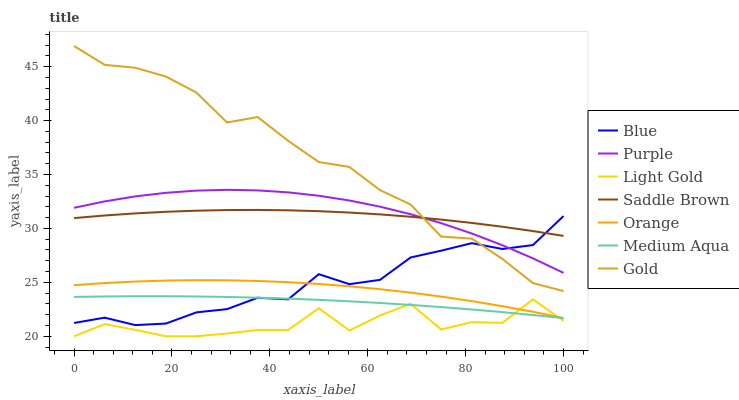
| xaxis_label | Blue | Purple | Light Gold | Saddle Brown | Orange | Medium Aqua | Gold |
 | --- | --- | --- | --- | --- | --- | --- | --- |
 | 0 | 21.2 | 31.9 | 20 | 31 | 24.7 | 23.6 | 46.9 |
 | 6.25 | 21.7 | 32.5 | 21.1 | 31.2 | 24.9 | 23.7 | 45.2 |
 | 12.5 | 21 | 33 | 20.6 | 31.4 | 25.1 | 23.7 | 44.9 |
 | 18.8 | 21.2 | 33.3 | 20 | 31.5 | 25.2 | 23.7 | 44.1 |
 | 25 | 22.2 | 33.5 | 20 | 31.6 | 25.2 | 23.7 | 42.6 |
 | 31.2 | 22.5 | 33.6 | 20.3 | 31.7 | 25.2 | 23.6 | 39.8 |
 | 37.5 | 23.6 | 33.5 | 20.6 | 31.7 | 25.1 | 23.6 | 40.3 |
 | 43.8 | 23.4 | 33.3 | 20.6 | 31.7 | 25 | 23.5 | 38.1 |
 | 50 | 25.8 | 33 | 22.6 | 31.6 | 24.8 | 23.4 | 36.2 |
 | 56.2 | 24.8 | 32.6 | 20.5 | 31.5 | 24.6 | 23.2 | 35.7 |
 | 62.5 | 25.2 | 32 | 21.9 | 31.3 | 24.4 | 23.1 | 33.5 |
 | 68.8 | 27.3 | 31.3 | 23 | 31.1 | 24 | 22.9 | 32.2 |
 | 75 | 27.9 | 30.5 | 20.6 | 30.8 | 23.7 | 22.7 | 29.2 |
 | 81.2 | 28.6 | 29.5 | 21.3 | 30.5 | 23.3 | 22.5 | 29.1 |
 | 87.5 | 28.1 | 28.4 | 21.2 | 30.2 | 22.8 | 22.2 | 27.2 |
 | 93.8 | 28.5 | 27.2 | 23.4 | 29.8 | 22.3 | 22 | 24.9 |
 | 100 | 31.1 | 25.9 | 21.4 | 29.3 | 21.7 | 21.7 | 24.2 |